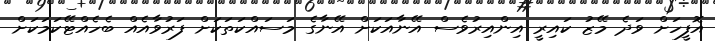
އޮފީހަށް ވަދެ މޭޒު ކައިރީ އިންއިރުވެސް އޭނާއަކަށް އޭނާގެ މަސައްކަތަކަށް ފަރުވާއެއް ބެހެއްޓޭކަމަކަށް